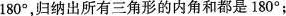
180°，归纳出所有三角形的内角和都是180°；